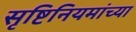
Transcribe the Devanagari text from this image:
सृष्टिनियमांच्या